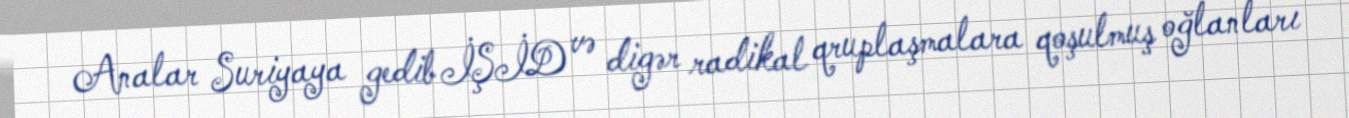
Analar Suriyaya gedib İŞİD və digər radikal qruplaşmalara qoşulmuş oğlanları